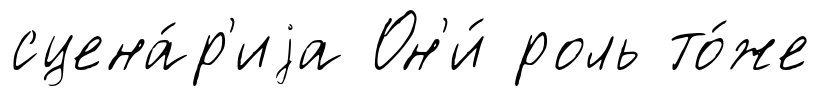
сцена́р'иjа Он'и́ роль то́же